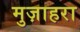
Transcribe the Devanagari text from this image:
मुज़ाहरा